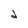
Character: d